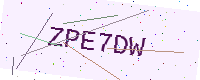
Text: ZPE7DW